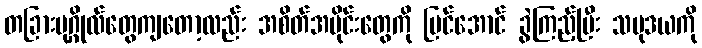
တခြားပုဂ္ဂိုလ်တွေကျတော့လည်း အစိတ်အပိုင်းတွေကို မြင်အောင် ခွဲကြည့်ပြီး သမုဒယကို